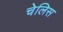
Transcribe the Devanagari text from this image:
चेलिस